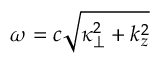
\omega = c \sqrt { \kappa _ { \perp } ^ { 2 } + k _ { z } ^ { 2 } }